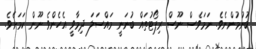
ބުނުމުންނެވެ. ނަމަވެސް ނޫސް ރިޕޯޓުތައް ބުނަނީ މައްސަލަ ދިމާވީ އެހެންވެ ނޫން ކަމަށެވެ.